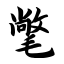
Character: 氅